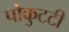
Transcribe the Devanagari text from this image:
पोकुटटी